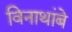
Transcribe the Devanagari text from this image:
विनाथांबे